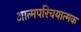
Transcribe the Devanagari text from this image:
आत्मपरिचयात्मक